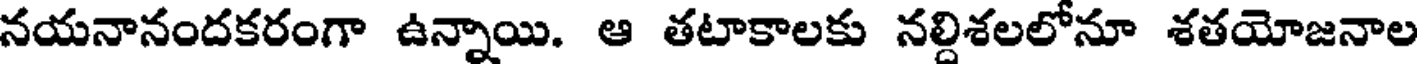
నయనానందకరంగా ఉన్నాయి. ఆ తటాకాలకు నల్దిశలలోనూ శతయోజనాల